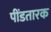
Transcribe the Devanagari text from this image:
पींडतारक